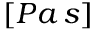
[ P a \, s ]